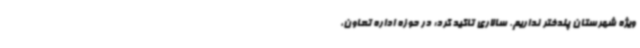
ویژه شهرستان پلدختر نداریم. سالاری تاکید کرد: در حوزه اداره تعاون،